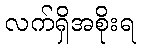
လက်ရှိအစိုးရ